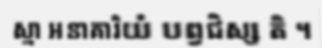
ស្មា អនាគារិយំ បព្វជិស្ស តិ ។